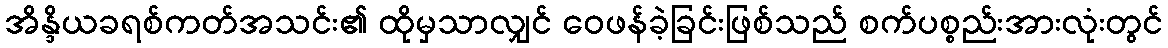
အိန္ဒိယခရစ်ကတ်အသင်း၏ ထိုမှသာလျှင် ဝေဖန်ခဲ့ခြင်းဖြစ်သည် စက်ပစ္စည်းအားလုံးတွင်